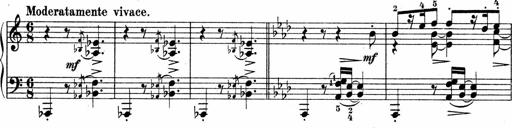
Title: Sonatina No.4
Composer: Abram Kimmell
Key: E minor